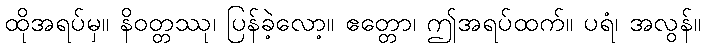
ထိုအရပ်မှ။ နိဝတ္တဿု၊ ပြန်ခဲ့လော့။ ဧတ္တော၊ ဤအရပ်ထက်။ ပရံ၊ အလွန်။